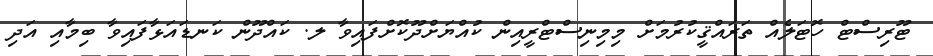
ޓޫރިސްޓް ހޮޓަލެއް ތަރައްޤީކުރުމަށް މިމިނިސްޓްރީއިން ކުއްޔަށްދޫކޮށްފައިވާ ލ. ކައްދޫން ކަނޑައަޅާފައިވާ ބިމާއި އަދި